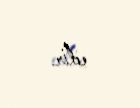
edir.